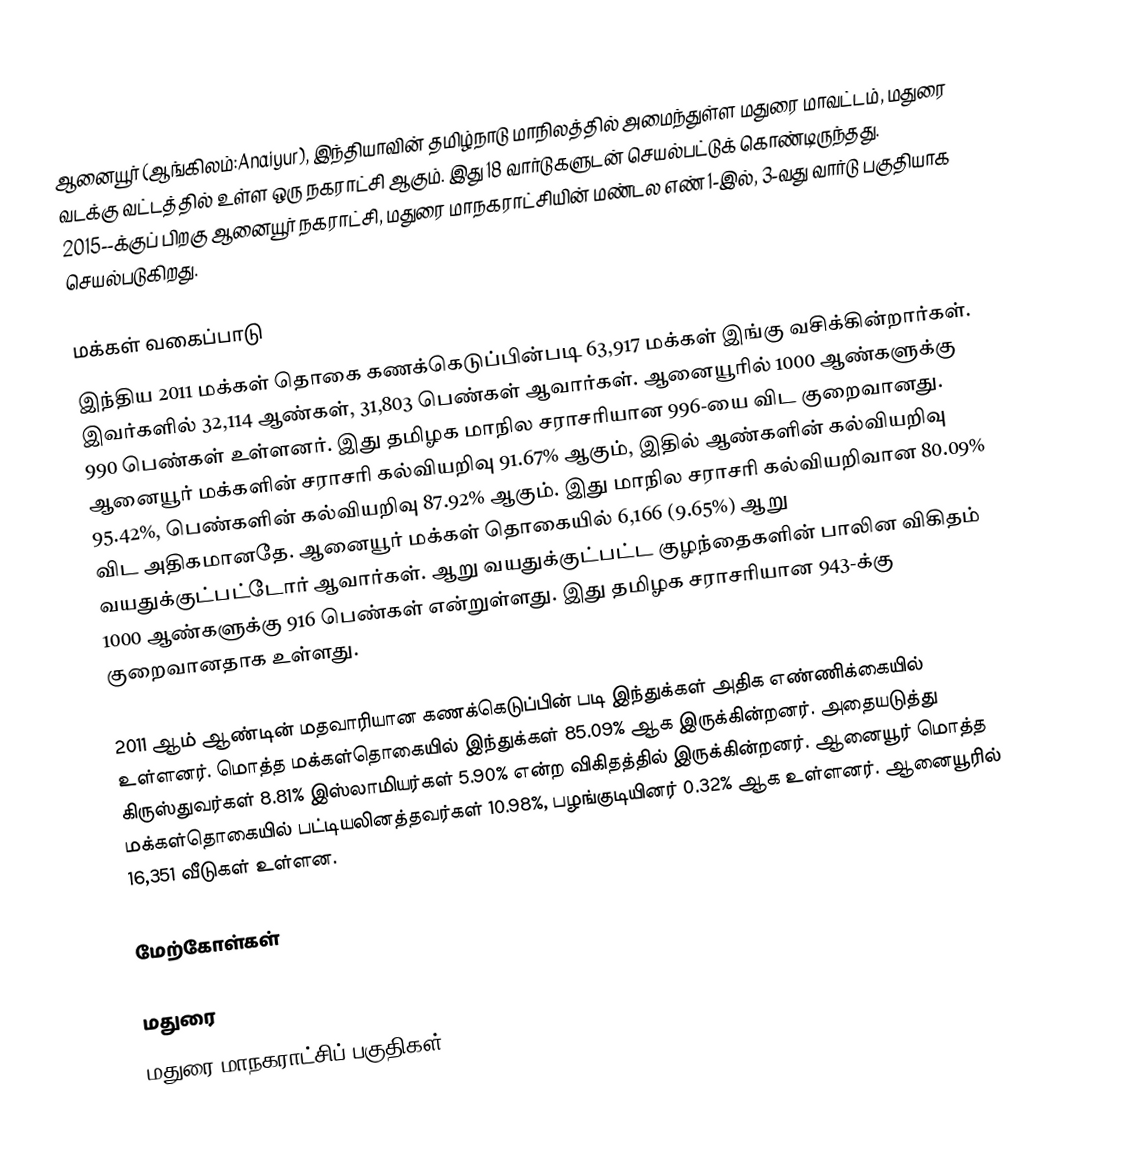
ஆனையூர் (ஆங்கிலம்:Anaiyur), இந்தியாவின் தமிழ்நாடு மாநிலத்தில் அமைந்துள்ள மதுரை மாவட்டம், மதுரை வடக்கு வட்டத்தில் உள்ள ஒரு நகராட்சி ஆகும். இது 18 வார்டுகளுடன் செயல்பட்டுக் கொண்டிருந்தது. 2015--க்குப் பிறகு ஆனையூர் நகராட்சி, மதுரை மாநகராட்சியின் மண்டல எண் 1-இல், 3-வது வார்டு பகுதியாக செயல்படுகிறது.

மக்கள் வகைப்பாடு
இந்திய 2011 மக்கள் தொகை கணக்கெடுப்பின்படி 63,917 மக்கள் இங்கு வசிக்கின்றார்கள். இவர்களில் 32,114 ஆண்கள், 31,803 பெண்கள் ஆவார்கள். ஆனையூரில் 1000 ஆண்களுக்கு 990 பெண்கள் உள்ளனர். இது தமிழக மாநில சராசரியான 996-யை விட குறைவானது. ஆனையூர் மக்களின் சராசரி கல்வியறிவு 91.67% ஆகும், இதில் ஆண்களின் கல்வியறிவு 95.42%, பெண்களின் கல்வியறிவு 87.92% ஆகும். இது மாநில சராசரி கல்வியறிவான 80.09% விட அதிகமானதே. ஆனையூர் மக்கள் தொகையில் 6,166 (9.65%) ஆறு வயதுக்குட்பட்டோர் ஆவார்கள். ஆறு வயதுக்குட்பட்ட குழந்தைகளின் பாலின விகிதம் 1000 ஆண்களுக்கு 916 பெண்கள் என்றுள்ளது. இது தமிழக சராசரியான 943-க்கு குறைவானதாக உள்ளது.

2011 ஆம் ஆண்டின் மதவாரியான கணக்கெடுப்பின் படி இந்துக்கள் அதிக எண்ணிக்கையில் உள்ளனர். மொத்த மக்கள்தொகையில் இந்துக்கள் 85.09% ஆக இருக்கின்றனர். அதையடுத்து கிருஸ்துவர்கள் 8.81% இஸ்லாமியர்கள் 5.90% என்ற விகிதத்தில் இருக்கின்றனர். ஆனையூர் மொத்த மக்கள்தொகையில் பட்டியலினத்தவர்கள் 10.98%, பழங்குடியினர் 0.32% ஆக உள்ளனர். ஆனையூரில் 16,351 வீடுகள் உள்ளன.

மேற்கோள்கள்

மதுரை
மதுரை மாநகராட்சிப் பகுதிகள்